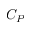
C _ { P }